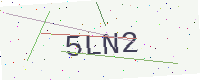
Text: 5LN2